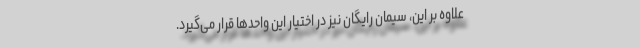
علاوه بر این، سیمان رایگان نیز در اختیار این واحدها قرار می‌گیرد.